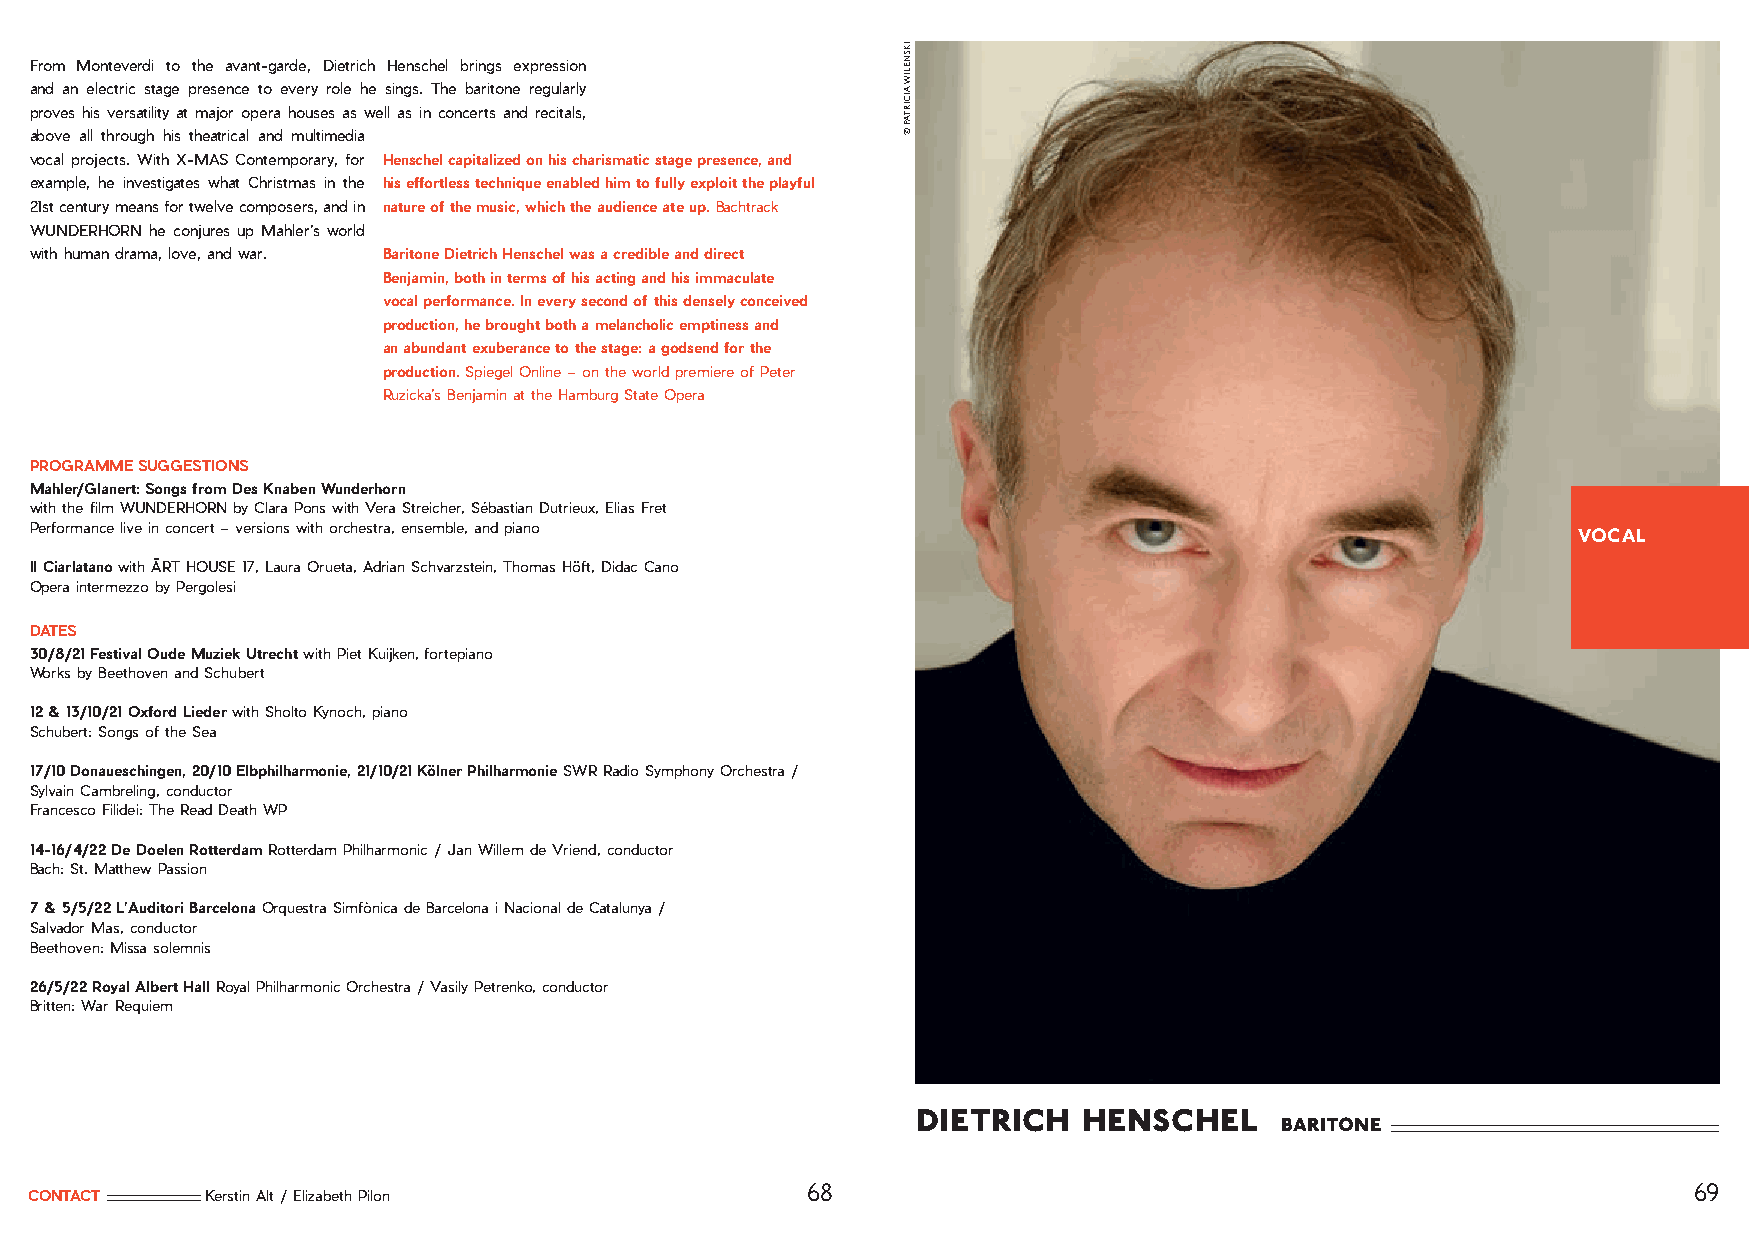
From Monteverdi to the avant-garde, Dietrich Henschel brings expression
 and an electric stage presence to every role he sings. The baritone regularly
 proves his versatility at major opera houses as well as in concerts and recitals,
 above all through his theatrical and multimedia
 vocal projects. With X-MAS Contemporary, for Henschel capitalized on his charismatic stage presence, and
 example, he investigates what Christmas in the his effortless technique enabled him to fully exploit the playful
 21st century means for twelve composers, and in nature of the music, which the audience ate up. Bachtrack
 WUNDERHORN he conjures up Mahler’s world
 with human drama, love, and war. Baritone Dietrich Henschel was a credible and direct
 Benjamin, both in terms of his acting and his immaculate
 vocal performance. In every second of this densely conceived
 production, he brought both a melancholic emptiness and
 an abundant exuberance to the stage: a godsend for the
 production. Spiegel Online – on the world premiere of Peter
 Ruzicka’s Benjamin at the Hamburg State Opera
 PROGRAMME SUGGESTIONS
 Mahler/Glanert: Songs from Des Knaben Wunderhorn
 with the film WUNDERHORN by Clara Pons with Vera Streicher, Sébastian Dutrieux, Elias Fret
 Performance live in concert – versions with orchestra, ensemble, and piano                            VOCAL
 Il Ciarlatano with ĀRT HOUSE 17, Laura Orueta, Adrian Schvarzstein, Thomas Höft, Didac Cano
 Opera intermezzo by Pergolesi
 DATES
 30/8/21 Festival Oude Muziek Utrecht with Piet Kuijken, fortepiano
 Works by Beethoven and Schubert
 12 & 13/10/21 Oxford Lieder with Sholto Kynoch, piano
 Schubert: Songs of the Sea
 17/10 Donaueschingen, 20/10 Elbphilharmonie, 21/10/21 Kölner Philharmonie SWR Radio Symphony Orchestra /
 Sylvain Cambreling, conductor
 Francesco Filidei: The Read Death WP
 14-16/4/22 De Doelen Rotterdam Rotterdam Philharmonic / Jan Willem de Vriend, conductor
 Bach: St. Matthew Passion
 7 & 5/5/22 L’Auditori Barcelona Orquestra Simfònica de Barcelona i Nacional de Catalunya /
 Salvador Mas, conductor
 Beethoven: Missa solemnis
 26/5/22 Royal Albert Hall Royal Philharmonic Orchestra / Vasily Petrenko, conductor
 Britten: War Requiem
 dietrich   henschel
 baritone
 68                                                         69
 CONTACT     Kerstin Alt / Elizabeth Pilon
 IKSNELIW
 AICIRTAP
 ©